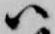
ハ